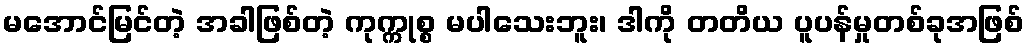
မအောင်မြင်တဲ့ အခါဖြစ်တဲ့ ကုက္ကုစ္စ မပါသေးဘူး၊ ဒါကို တတိယ ပူပန်မှုတစ်ခုအဖြစ်